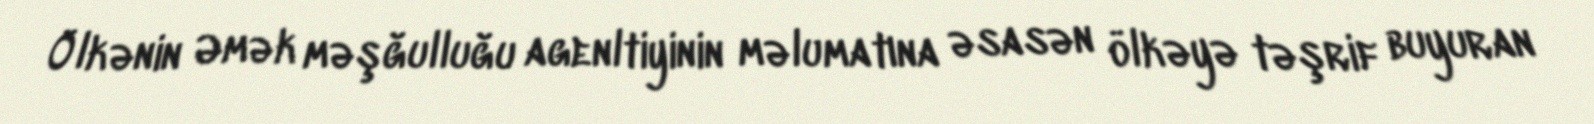
Ölkənin Əmək məşğulluğu agenltiyinin məlumatına əsasən ölkəyə təşrif buyuran